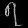
Digit: ၇